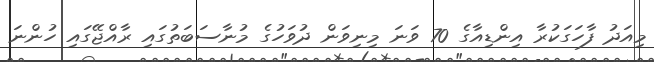
މިއަދު ފާހަގަކުރާ އިންޑިއާގެ 70 ވަނަ މިނިވަން ދުވަހުގެ މުނާސަބަތުގައި ރާއްޖޭގައި ހުންނަ